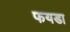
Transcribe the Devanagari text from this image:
फयडा